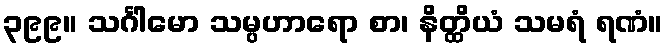
၃၉၉။ သင်္ဂါမော သမ္ပဟာရော စာ၊ နိတ္ထိယံ သမရံ ရဏံ။